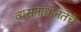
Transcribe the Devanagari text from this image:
व्यसनाधीनतेचे